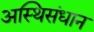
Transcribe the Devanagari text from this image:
अस्थिसंधान